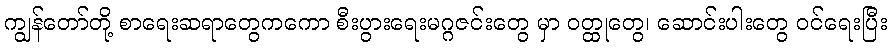
ကျွန်တော်တို့ စာရေးဆရာတွေကကော စီးပွားရေးမဂ္ဂဇင်းတွေ မှာ ဝတ္ထုတွေ၊ ဆောင်းပါးတွေ ဝင်ရေးပြီး